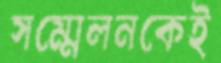
সম্মেলনকেই